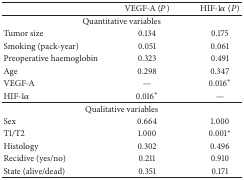
<table><thead><tr><td><b> </b></td><td><b>VEGF-A (<i>P</i>)</b></td><td><b>HIF-1<i>α</i> (<i>P</i>)</b></td></tr></thead><tbody><tr><td colspan="3">Quantitative variables</td></tr><tr><td>Tumor size</td><td>0.134</td><td>0.175</td></tr><tr><td>Smoking (pack-year)</td><td>0.051</td><td>0.061</td></tr><tr><td>Preoperative haemoglobin </td><td>0.323</td><td>0.491</td></tr><tr><td>Age</td><td>0.298</td><td>0.347</td></tr><tr><td>VEGF-A</td><td>—</td><td>0.016∗</td></tr><tr><td>HIF-1<i>α</i></td><td>0.016∗</td><td>—</td></tr><tr><td colspan="3">Qualitative variables </td></tr><tr><td>Sex</td><td>0.664</td><td>1.000</td></tr><tr><td>T1/T2</td><td>1.000</td><td>0.001∗</td></tr><tr><td>Histology </td><td>0.302</td><td>0.496</td></tr><tr><td>Recidive (yes/no)</td><td>0.211</td><td>0.910</td></tr><tr><td>State (alive/dead)</td><td>0.351</td><td>0.171</td></tr></tbody></table>